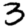
Digit: 3